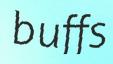
buffs